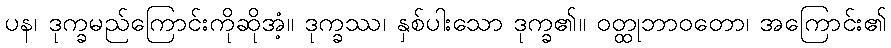
ပန၊ ဒုက္ခမည်ကြောင်းကိုဆိုအံ့။ ဒုက္ခဿ၊ နှစ်ပါးသော ဒုက္ခ၏။ ဝတ္ထုဘာဝတော၊ အကြောင်း၏